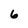
Character: 6